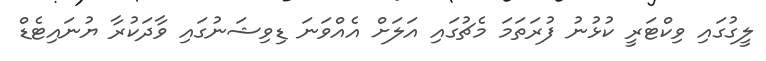
ލީގުގައި ވިކްޓަރީ ކުޅުނު ފުރަތަމަ މެޗުގައި އަލަށް އެއްވަނަ ޑިވިޝަނުގައި ވާދަކުރާ ޔުނައިޓެޑް